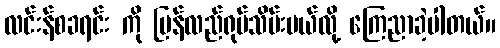
လင်းန်စခရင်း ကို ပြန်လည်ရုပ်သိမ်းမယ်လို့ ကြေညာခဲ့ပါတယ်။